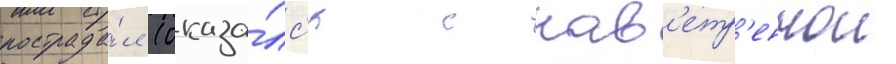
пострада́л (оказа́лс'я с нав'етр'еннои